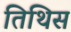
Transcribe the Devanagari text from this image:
तिथिस